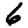
Digit: 6